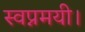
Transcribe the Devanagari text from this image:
स्वप्नमयी।